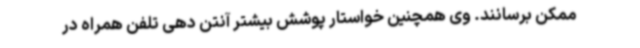
ممکن برسانند. وی همچنین خواستار پوشش بیشتر آنتن دهی تلفن همراه در